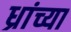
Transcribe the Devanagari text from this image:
ध्रांच्या